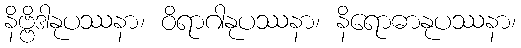
နိဗ္ဗိဒါနုပဿနာ၊ ဝိရာဂါနုပဿနာ၊ နိရောဓာနုပဿနာ၊